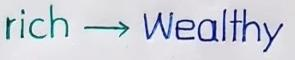
rich --> Wealthy